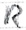
Text: R